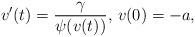
LaTeX: \begin{align*}v'(t)=\frac{\gamma}{\psi(v(t))},\, v(0)=-a,\end{align*}